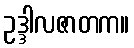
ဥဒ္ဒါလဇာတက။